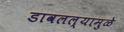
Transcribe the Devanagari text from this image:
डावलल्यामुळे